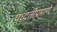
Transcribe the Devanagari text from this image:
पध्दतीप्रमाणे